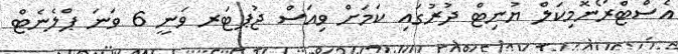
އެސްޓްރޯނޮމިކަލް ޔުނިޓް ދުރުގައި ކަމަށް ވިއަސް ޖުޕޓަރ ވަނީ 6 ވަނަ ޕްލެނެޓް